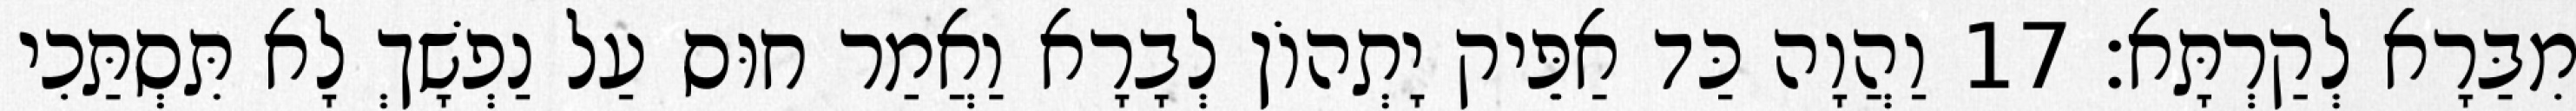
מִבַּרָא לְקַרְתָּא׃ 17 וַהֲוָה כַּד אַפֵּיק יָתְהוֹן לְבָרָא וַאֲמַר חוּס עַל נַפְשָׁךְ לָא תִּסְתַּכִי